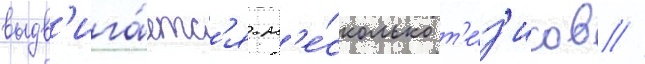
выдв'ига́етс'я н'е́сколько т'е́з'исов //